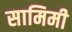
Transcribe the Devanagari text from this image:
सामिमी